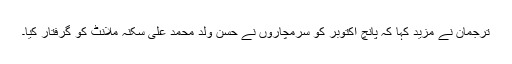
ترجمان نے مزید کہا کہ پانچ اکتوبر کو سرمچاروں نے حسن ولد محمد علی سکنہ ملانٹ کو گرفتار کیا۔